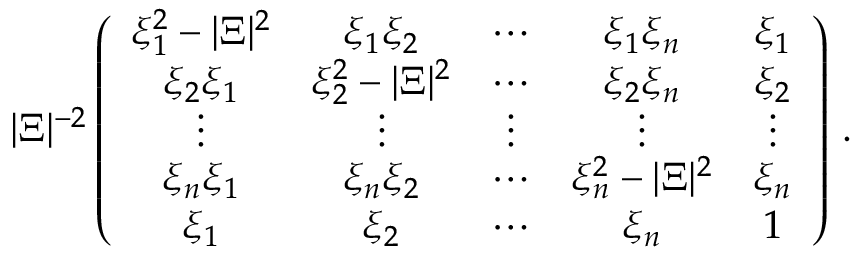
| \Xi | ^ { - 2 } \left( \begin{array} { c c c c c } { \xi _ { 1 } ^ { 2 } - | \Xi | ^ { 2 } } & { \xi _ { 1 } \xi _ { 2 } } & { \cdots } & { \xi _ { 1 } \xi _ { n } } & { \xi _ { 1 } } \\ { \xi _ { 2 } \xi _ { 1 } } & { \xi _ { 2 } ^ { 2 } - | \Xi | ^ { 2 } } & { \cdots } & { \xi _ { 2 } \xi _ { n } } & { \xi _ { 2 } } \\ { \vdots } & { \vdots } & { \vdots } & { \vdots } & { \vdots } \\ { \xi _ { n } \xi _ { 1 } } & { \xi _ { n } \xi _ { 2 } } & { \cdots } & { \xi _ { n } ^ { 2 } - | \Xi | ^ { 2 } } & { \xi _ { n } } \\ { \xi _ { 1 } } & { \xi _ { 2 } } & { \cdots } & { \xi _ { n } } & { 1 } \end{array} \right) \, .